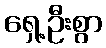
ရှေ့ဦးစွာ